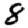
Digit: 8